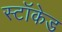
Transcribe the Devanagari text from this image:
स्टॉकेड